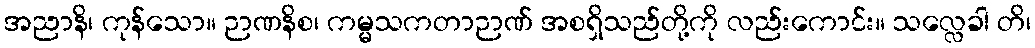
အညာနိ၊ ကုန်သော။ ဉာဏနိစ၊ ကမ္မသကတာဉာဏ် အစရှိသည်တို့ကို လည်းကောင်း။ သလ္လေခါ တိ၊